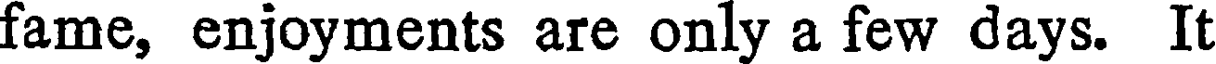
fame, enjoyments are only a few days. It